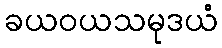
ခယဝယသမုဒယံ